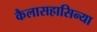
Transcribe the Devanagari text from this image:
कैलासहासिन्या